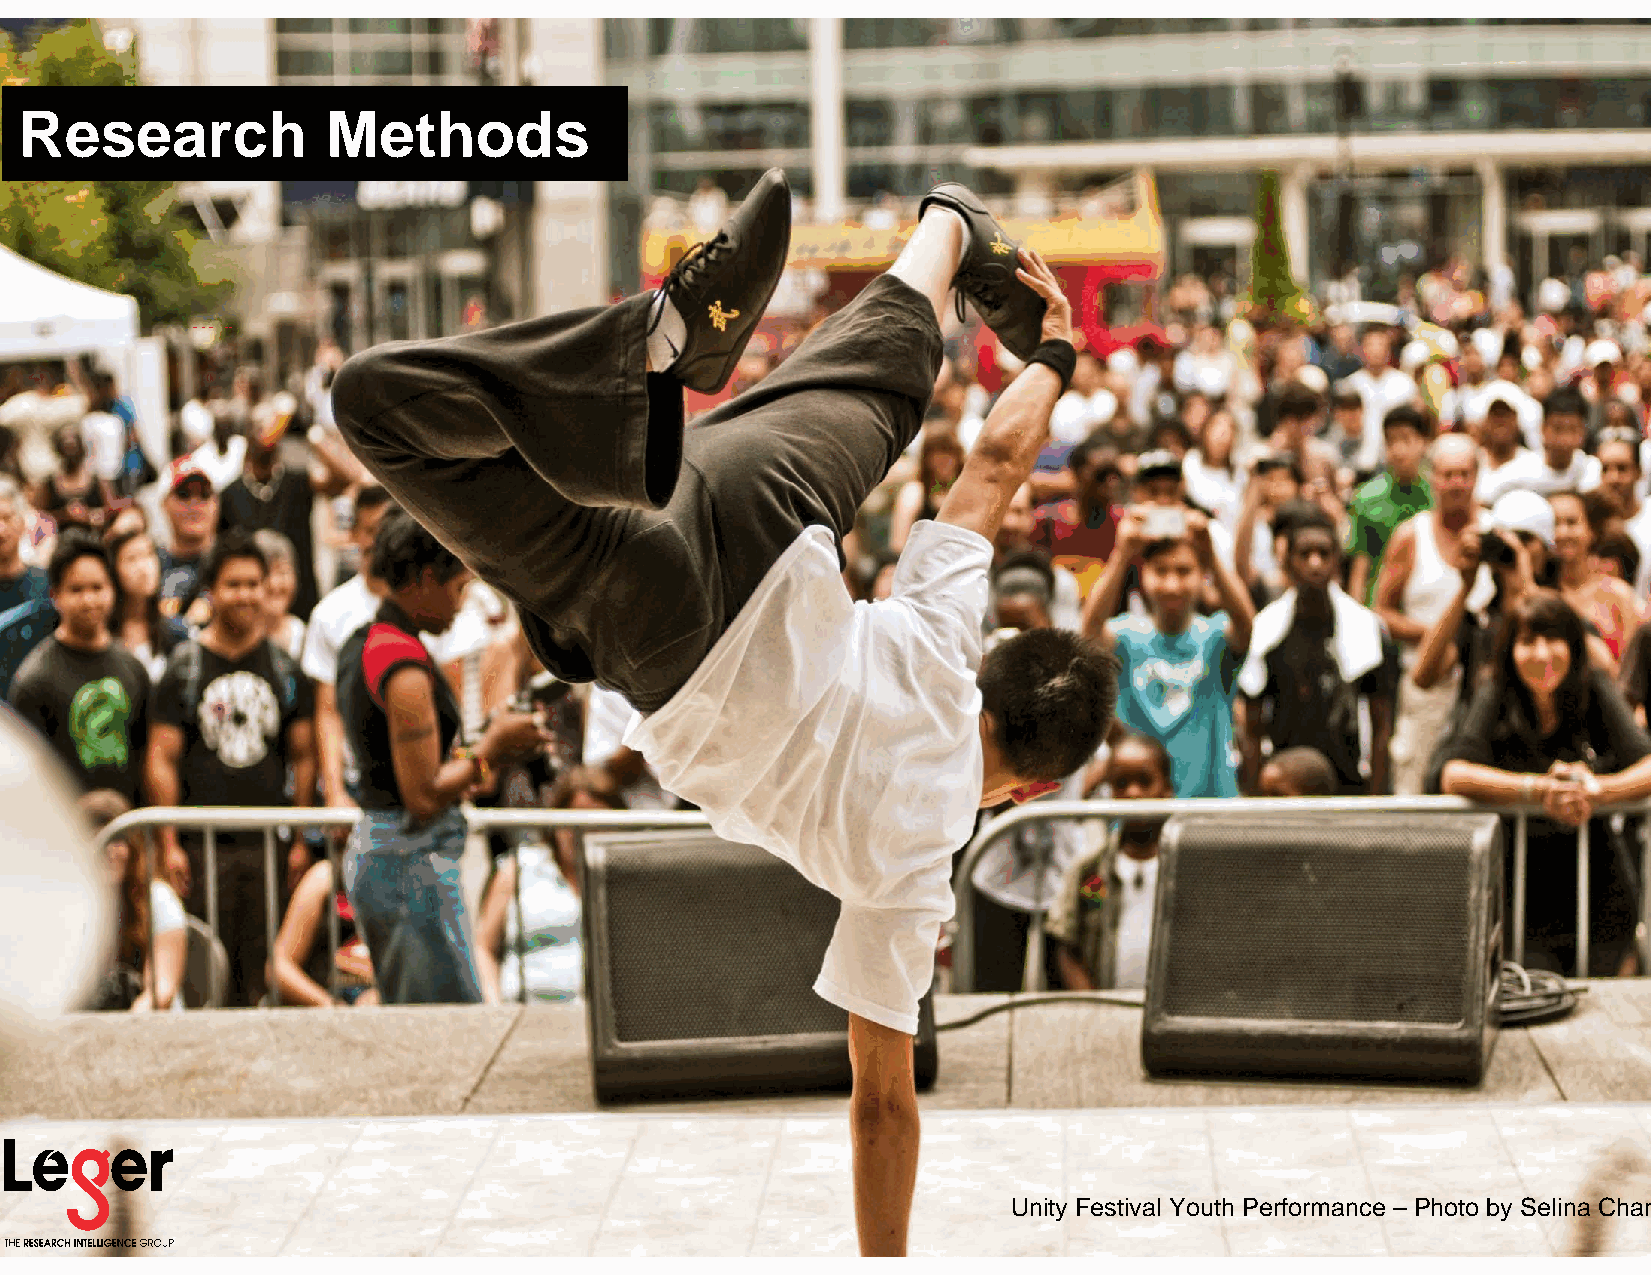
Research             Methods
 CCaannaaddaa
 Toronto
 Edmonton
 Calgary
 Montreal
 Quebec City
 UUSSAA
 Philadelphia, PA
 Denver, CO
 Tampa, FL
 Europe
 Zurich
 TToopplliinnee       RReessuullttss
 Unity Festival Youth Performance – Photo by Selina Chan